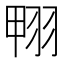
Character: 翈